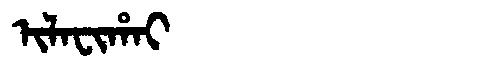
Manchu: ᡳᠯᠠᠸᡳᡥᠠᡳ
Romanization: ILAFIHAI